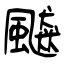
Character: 飇